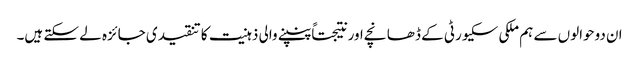
ان دوحوالوں سے ہم ملکی سکیورٹی کے ڈھانچے اور نتیجتاً پنپنے والی ذہنیت کا تنقیدی جائزہ لے سکتے ہیں۔